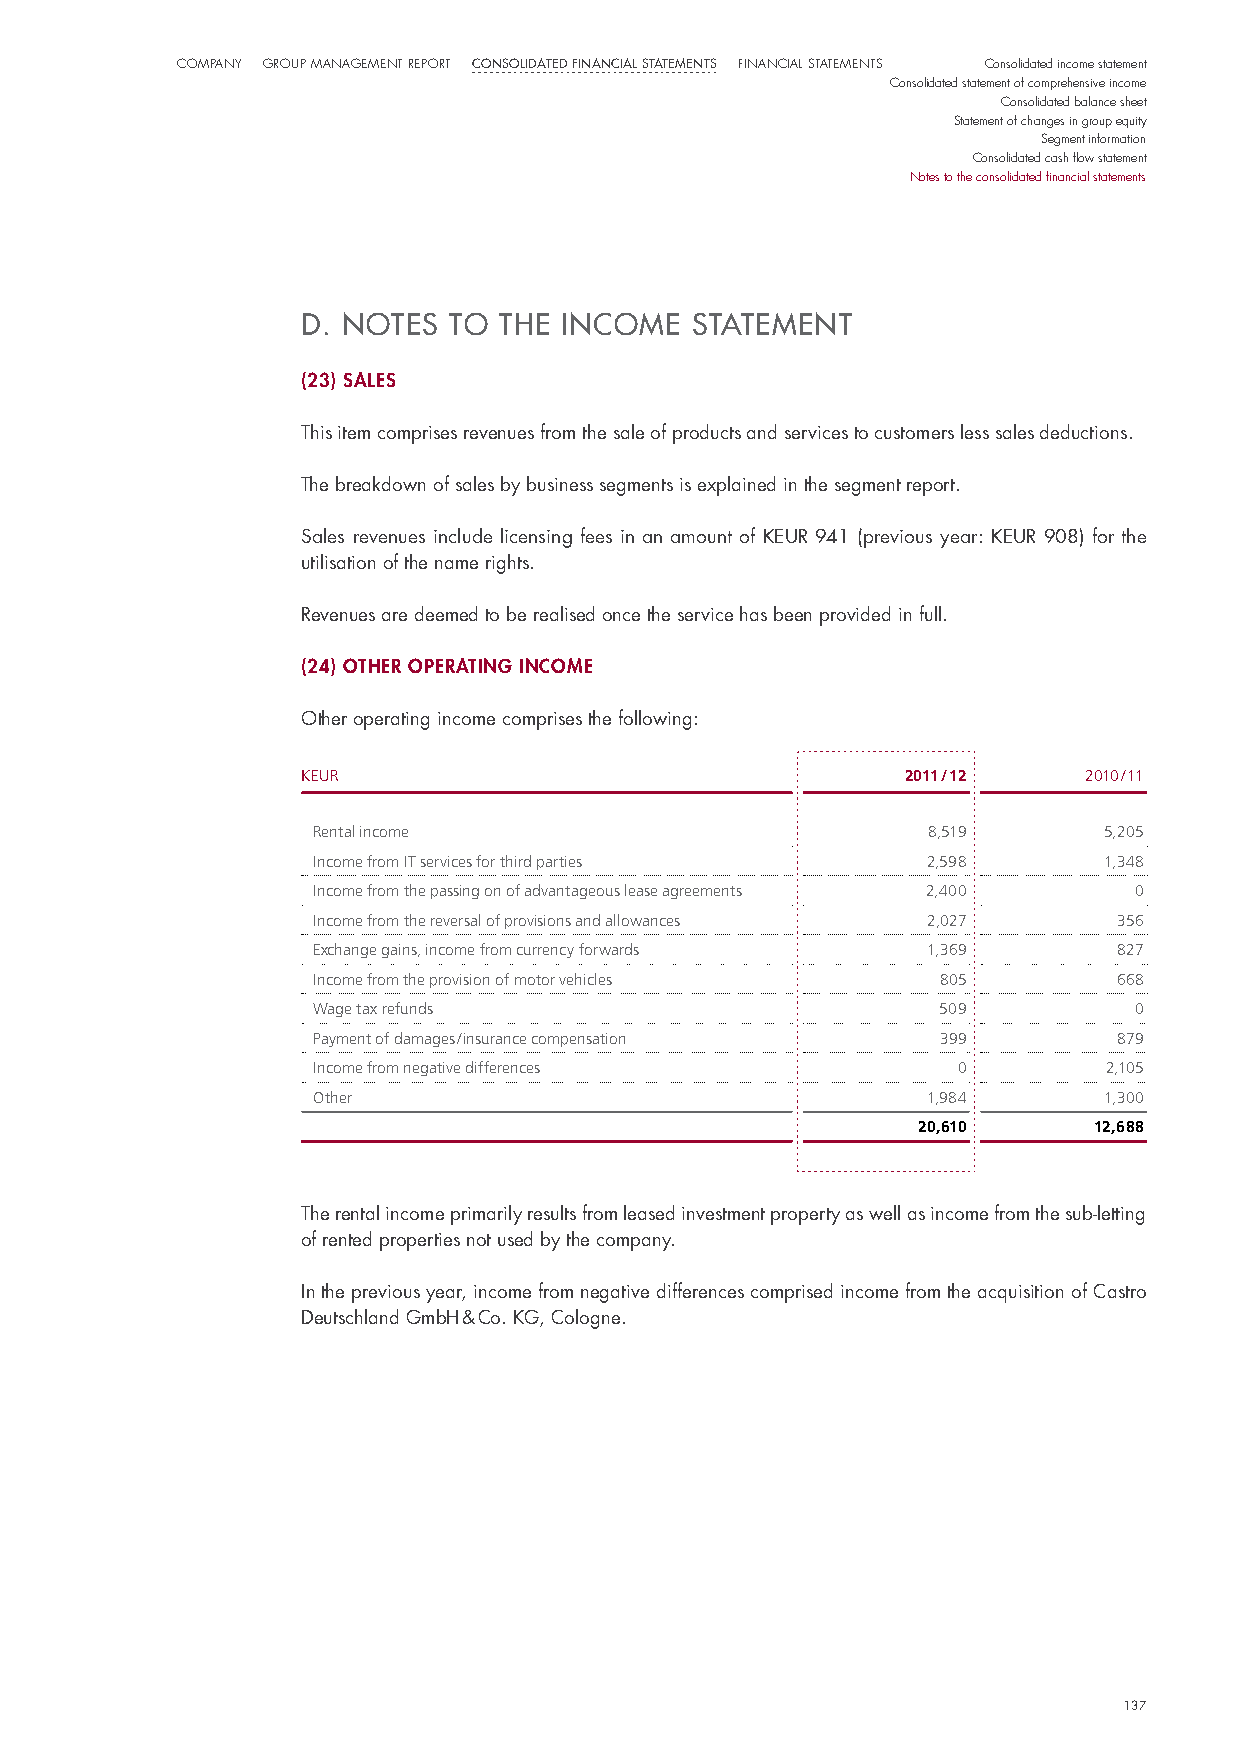
CompaNy Group maNaGemeNt report Consolidated finanCial statements FiNaNCial StatemeNtS Consolidated income statement
 Consolidated statement of comprehensive income
 Consolidated balance sheet
 Statement of changes in group equity
 Segment information
 Consolidated cash flow statement
 Notes to the consolidated financial statements
 D. noteS to  tHe IncoMe  St AteMent
 (23) sales
 This item comprises revenues from the sale of products and services to customers less sales deductions.
 The breakdown of sales by business segments is explained in the segment report.
 sales revenues include licensing fees in an amount of KeuR 941 (previous year: KeuR 908) for the
 utilisation of the name rights.
 Revenues are deemed to be realised once the service has been provided in full.
 (24) other operatIng Income
 other operating income comprises the following:
 KEUR                                    2011 / 12   2010 / 11
 Rental income                           8,519       5,205
 Income from IT services for third parties 2,598     1,348
 Income from the passing on of advantageous lease agreements 2,400 0
 Income from the reversal of provisions and allowances 2,027 356
 Exchange gains, income from currency forwards 1,369  827
 Income from the provision of motor vehicles 805      668
 Wage tax refunds                         509          0
 Payment of damages / insurance compensation 399      879
 Income from negative differences          0         2,105
 Other                                   1,984       1,300
 20,610     12,688
 The rental income primarily results from leased investment property as well as income from the sub-letting
 of rented properties not used by the company.
 in the previous year, income from negative differences comprised income from the acquisition of Castro
 deutschland Gmbh & Co. KG, Cologne.
 137